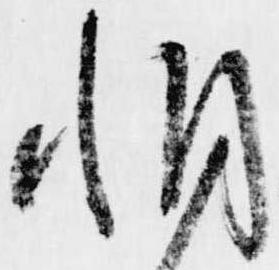
惘